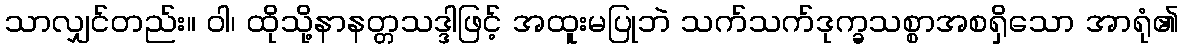
သာလျှင်တည်း။ ဝါ၊ ထိုသို့နာနတ္တသဒ္ဒါဖြင့် အထူးမပြုဘဲ သက်သက်ဒုက္ခသစ္စာအစရှိသော အာရုံ၏